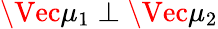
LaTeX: \Vec{\mu}_{1}\perp\Vec{\mu}_{2}